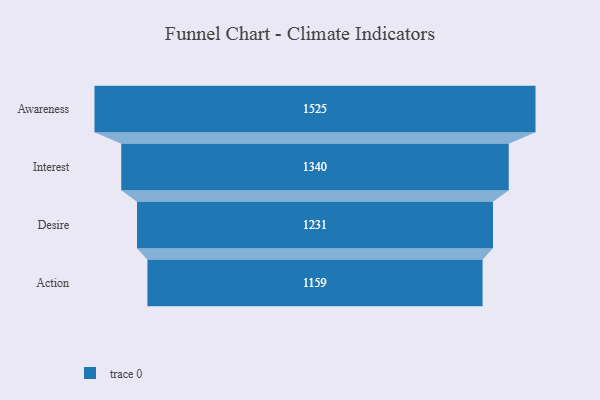
{"axis": {"x": "Stage", "y": "Value"}, "legend": [""], "data": [{"x": "Awareness", "y": 1525.0, "type": ""}, {"x": "Interest", "y": 1340.0, "type": ""}, {"x": "Desire", "y": 1231.0, "type": ""}, {"x": "Action", "y": 1159.0, "type": ""}]}